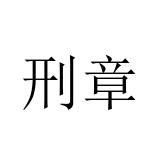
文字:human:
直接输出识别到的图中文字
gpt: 刑章